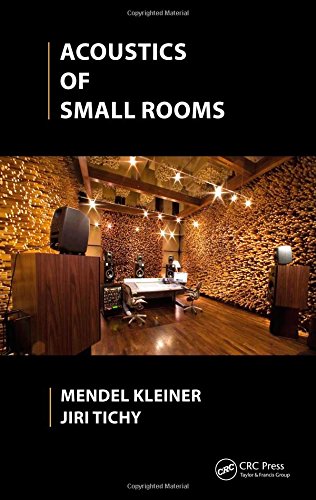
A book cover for Acoustics of Small Rooms; Mendel Kleiner; Science & Math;